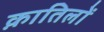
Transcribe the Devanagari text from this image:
क़ातिलों